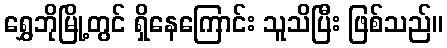
ရွှေဘိုမြို့တွင် ရှိနေကြောင်း သူသိပြီး ဖြစ်သည်။